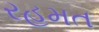
રહમત